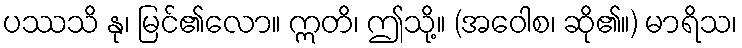
ပဿသိ နု၊ မြင်၏လော။ ဣတိ၊ ဤသို့။ (အဝေါစ၊ ဆို၏။) မာရိသ၊